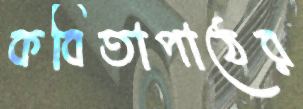
কবিতাপাঠের